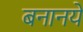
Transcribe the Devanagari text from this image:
बनानये